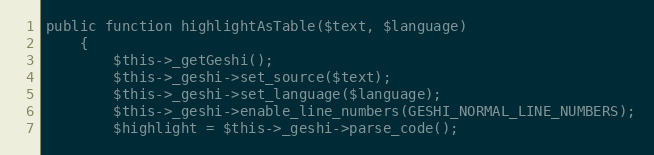
Language: PHP
public function highlightAsTable($text, $language)
    {
        $this->_getGeshi();
        $this->_geshi->set_source($text);
        $this->_geshi->set_language($language);
        $this->_geshi->enable_line_numbers(GESHI_NORMAL_LINE_NUMBERS);
        $highlight = $this->_geshi->parse_code();